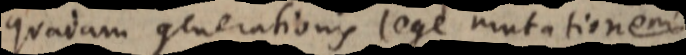
quadam generationis lege mutationem